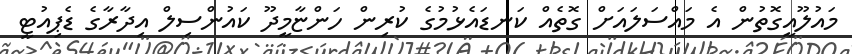
މައުލޫއީގޮތުން އެ މައްސަލައަށް ގޮތެއް ކަނޑައެޅުމުގެ ކުރިން ހަންޏާމީދޫ ކައުންސިލް އިދާރާގެ ޑެޕިއުޓީ